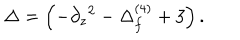
\Delta = \left( - \partial _ { z } { } ^ { 2 } - \Delta _ { f } ^ { ( 4 ) } + 3 \right) .